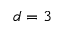
d = 3